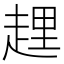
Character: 𧻲